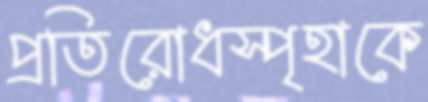
প্রতিরোধস্পৃহাকে